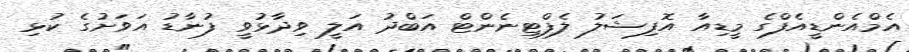
އެމްއެންޑީއެފްގެ މީޑިއާ އޮފިޝަލު ލެފްޓިނެންޓް އަބްދު އަލީ ވިދާޅުވީ ފުނާޑު އަވަށުގެ ކުޅި